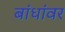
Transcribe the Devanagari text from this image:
बांधांवर